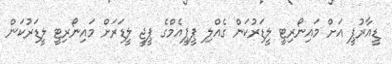
ޑީއާރުޕީ އަށް މައިނޯރިޓީ ލީޑަރުކަން ގެއްލި ޕީޕީއެމްގެ ޕީޖީ ލީޑަރަށް މައިނޯރިޓީ ލީޑަރުކަން